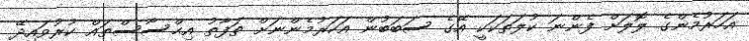
އަހަރުމެންގެ ލޮލަށް ފެންނަ ކުލަތަކަކީ އޭގެ ސަބަބުން އަހަރުމެންނަށް ތަފާތު އިޙްސާސްތައް ކުރުވައިދޭ